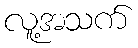
လူ့အသက်